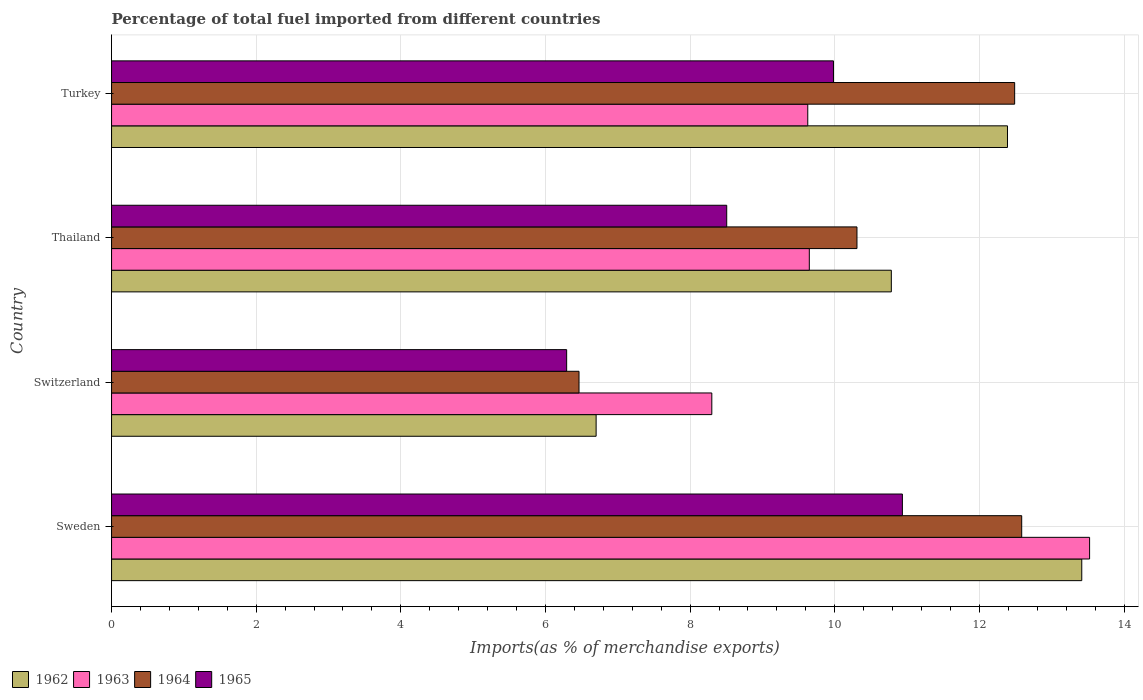
| Country | 1962 | 1963 | 1964 | 1965 |
 | --- | --- | --- | --- | --- |
 | Sweden | 13.4 | 13.5 | 12.6 | 10.9 |
 | Switzerland | 6.7 | 8.3 | 6.46 | 6.29 |
 | Thailand | 10.8 | 9.65 | 10.3 | 8.51 |
 | Turkey | 12.4 | 9.63 | 12.5 | 9.98 |